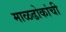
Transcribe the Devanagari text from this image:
माळढोकांची